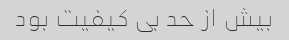
بیش از حد بی کیفیت بود